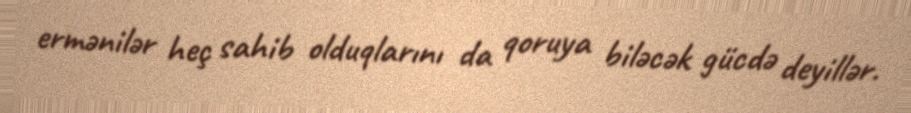
ermənilər heç sahib olduqlarını da qoruya biləcək gücdə deyillər.